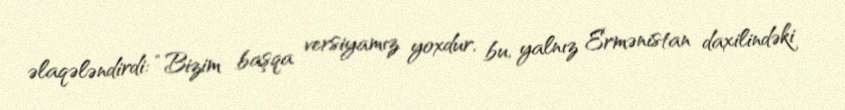
əlaqələndirdi: “Bizim başqa versiyamız yoxdur, bu, yalnız Ermənistan daxilindəki